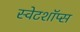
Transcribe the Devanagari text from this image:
स्वेटशॉप्स